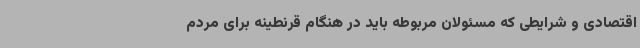
اقتصادی و شرایطی که مسئولان مربوطه باید در هنگام قرنطینه برای مردم